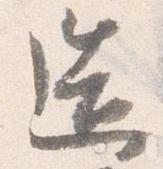
造